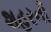
શહરની